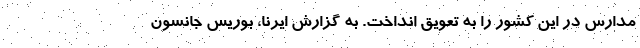
مدارس در این کشور را به تعویق انداخت. به گزارش ایرنا، بوریس جانسون